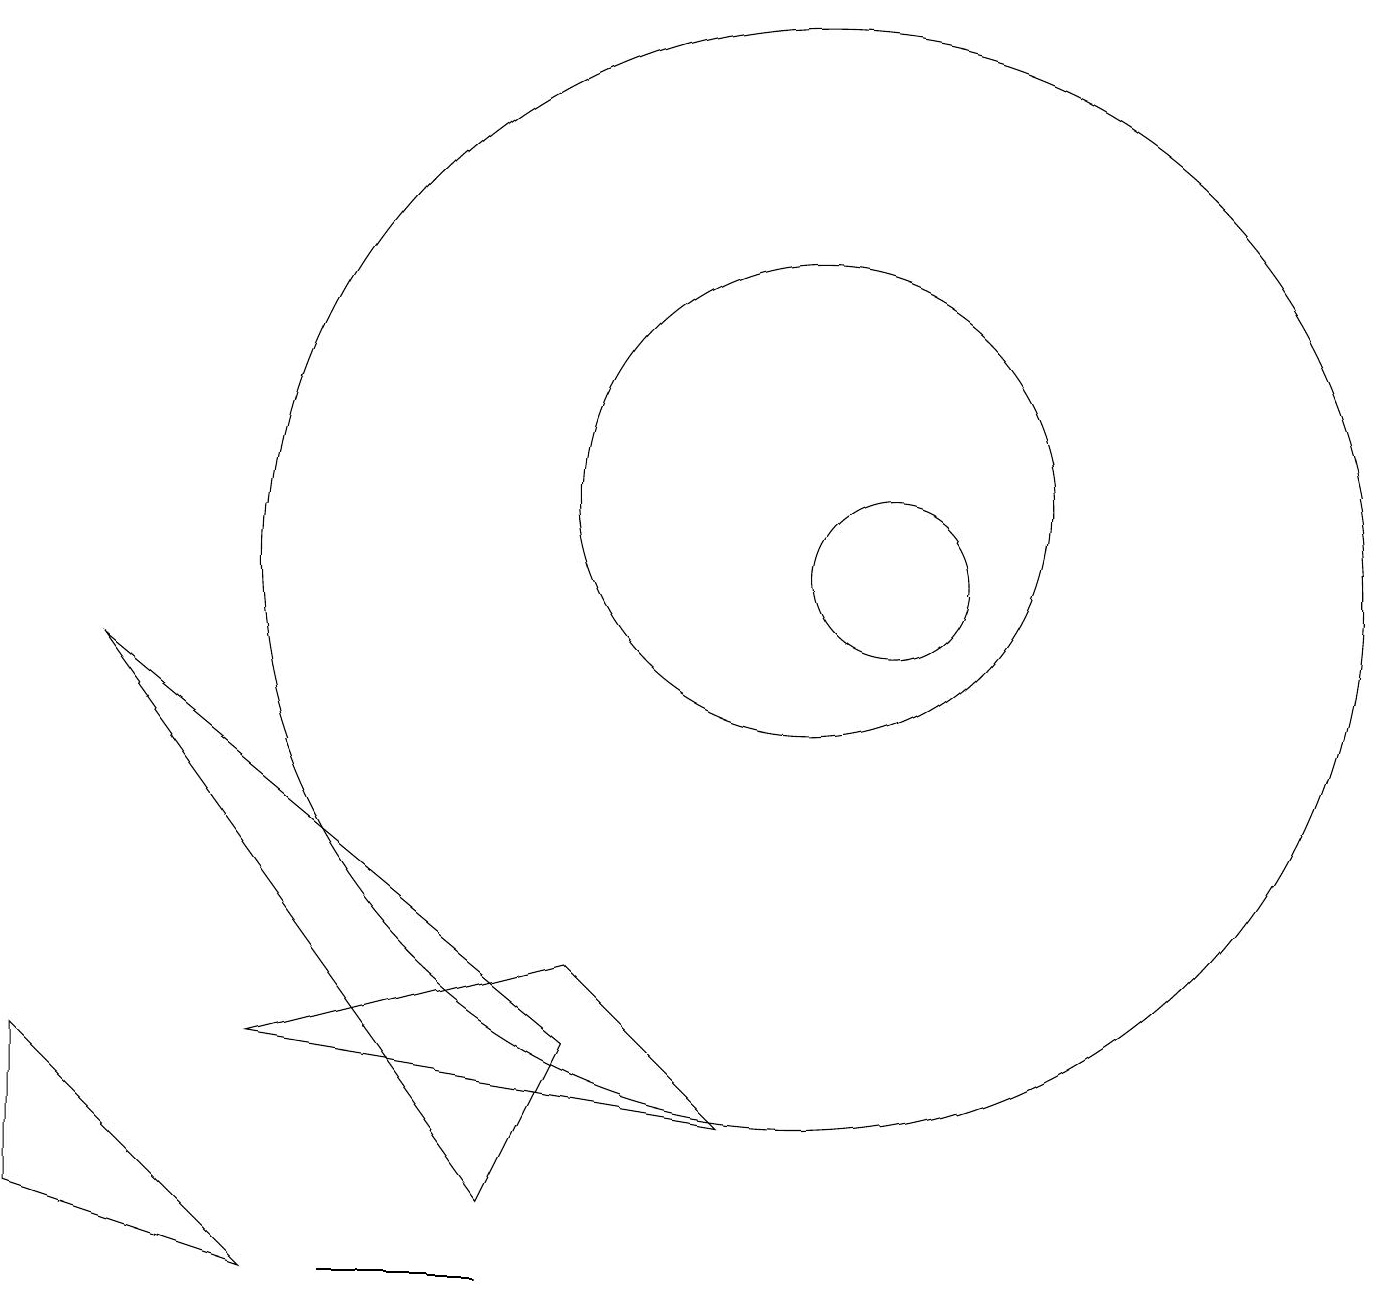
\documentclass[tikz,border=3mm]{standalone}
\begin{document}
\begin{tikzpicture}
\draw (4,1) -- (6,1) -- (5,1) -- cycle;
\draw (7,5) -- (3,4) -- (9,3) -- cycle;
\draw (7,4) -- (6,2) -- (1,9) -- cycle;
\draw (3,1) -- (0,2) -- (0,4) -- cycle;
\draw (11,10) circle (1);
\draw (10,10) circle (7);
\draw (10,11) circle (3);
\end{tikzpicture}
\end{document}